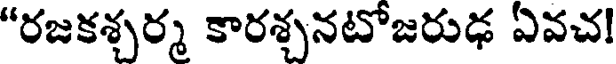
"రజకశ్చర్మ కారశ్చనటోజరుఢ ఏవచ!